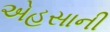
એહસાની